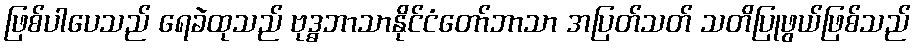
ဖြစ်ပါပေသည် ရေခဲထုသည် ဗုဒ္ဓဘာသာနိုင်ငံတော်ဘာသာ အပြတ်သတ် သတိပြုဖွယ်ဖြစ်သည်